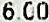
6.00